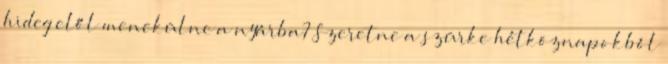
hideg elől menekülne a nyárba? Szeretne a szürke hétköznapokból